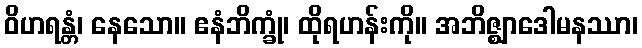
ဝိဟရန္တံ၊ နေသော။ ဧနံဘိက္ခုံ၊ ထိုရဟန်းကို။ အဘိဇ္ဈာဒေါမနဿာ၊